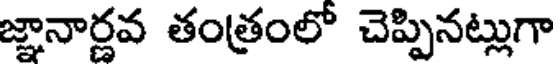
జ్ఞానార్ణవ తంత్రంలో చెప్పినట్లుగా